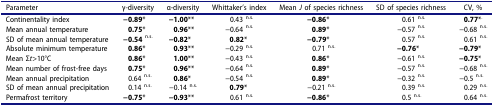
| Parameter | γ-diversity | α-diversity | Whittaker’s index | Mean J of species richness | SD of species richness | CV, % |
 | --- | --- | --- | --- | --- | --- | --- |
 | Continentality index | −0.89* | −1.00** | 0.43 n.s. | −0.86* | 0.61 n.s. | 0.77*. |
 | Mean annual temperature | 0.75* | 0.96** | −0.64 n.s. | 0.89* | −0.57 n.s. | −0.68 n.s. |
 | SD of mean annual temperature | −0.54n.s. | −0.82* | 0.82* | −0.79* | 0.57 n.s. | 0.61 n.s. |
 | Absolute minimum temperature | 0.86* | 0.93** | −0.29 n.s. | 0.71 n.s. | −0.76* | −0.79* |
 | Mean Σt>10°С | 0.86* | 1.00** | −0.43 n.s. | 0.86* | −0.61 n.s. | −0.75* |
 | Mean number of frost-free days | 0.75* | 0.96** | −0.64 n.s. | 0.89* | −0.57 n.s. | −0.68 n.s. |
 | Mean annual precipitation | 0.64 n.s. | 0.86* | −0.54 n.s. | 0.89* | −0.32 n.s. | −0.5 n.s. |
 | SD of mean annual precipitation | 0.14 n.s. | −0.14 n.s. | 0.79* | −0.21 n.s. | 0.39 n.s. | 0.29 n.s. |
 | Permafrost territory | −0.75* | −0.93** | 0.61 n.s. | −0.86* | 0.5 n.s. | 0.64 n.s. |